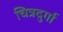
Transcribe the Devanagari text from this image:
चित्रदुर्गा